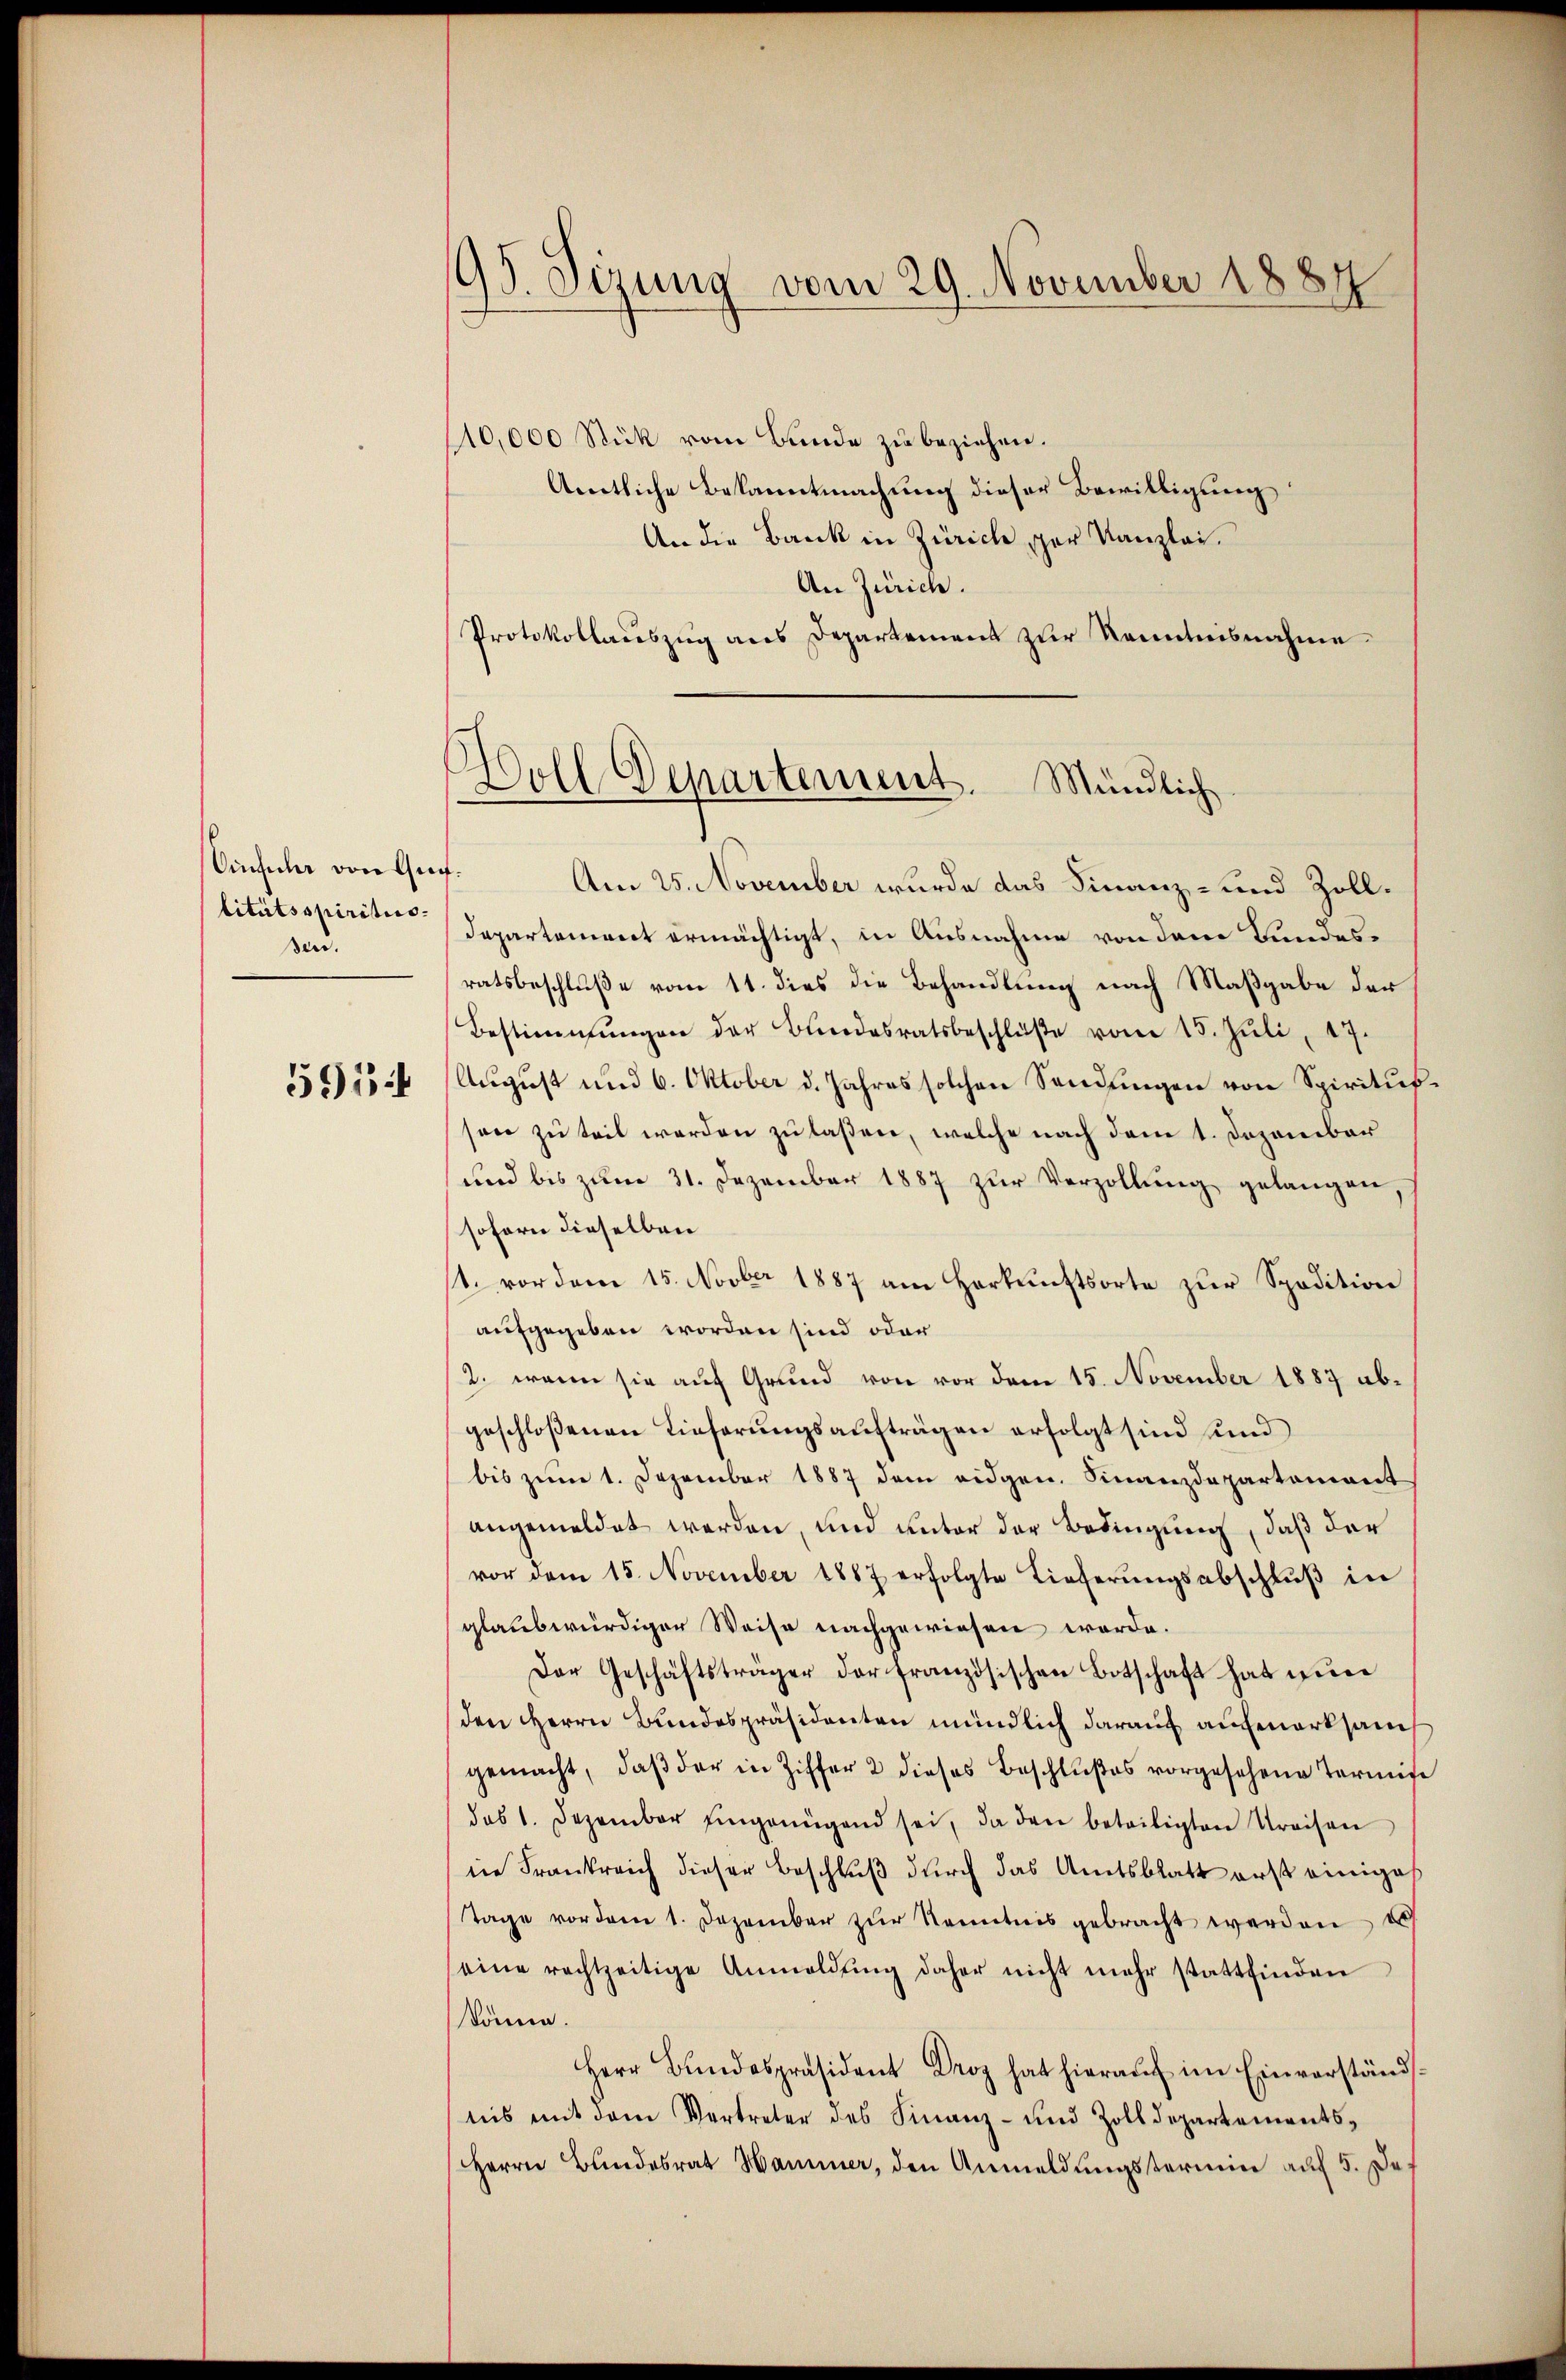
Einfula von Gut.
titutsspiritis
sen.

5954

95. Sizung vom 29. November 1884

Holl Departement. Mündlich

/10,000 Stück vom Bunde zu beziehen.
Amtliche Bekanntmachung dieser Bewilligung
An die Bank in Zürich spar Kanzlei.
An Zürich.
Protokollauszug aus Departement zur Kenntnisnahme
Am 25. November wurde das Finanz- und Zoll¬
Departement ermächtigt, in Ausnahme von dem Kundesratsbeschluße vom 11. dies die Behandlung nach Maßgabe der
Bestimmungen der Bundesratsbeschlüβe vom 15. Jŭli 17.
August und 6. Oktober d. Jahres solchen Sendungen von Spiritusson zu teil werden zu laßen, welche nach dem 1. Dezember
und bis zum 31. Dezember 1887 zur Verzollung gelangen
sofern dieselben
t. vor dem 15. Novber 1887 am Herkunftsorte zur Spedition
aufgegeben worden sind oder
2. wenn sie auf Grund von vor dem 15. November 1887 abgeschloßenen Lieferungsaufträgen erfolgt sind sind
bis zum 1. Dezember 1887 dem eidgen. Finanzdepartement
angemeldet werden, und unter der Bedingung, daß der
vor dem 15. November 1887 erfolgte Lieferŭngsabschlŭβ in
glaubwürdiger Weise nachgewiesen werde.
Der Geschäftsträger der französischen Botschaft hat nur
den Herrn Bundespräsidenten mündlich darauf aufmerksams
gemacht, daβ der in Ziffer 2 dieses Beschlußes vorgesehene Termis
das 1. Dezember eingenügend sei, da den beteiligten Kreisen
die Frankreich dieser Beschluß durch das Amtsblatt erst einiges
Tage vorden 1. Dezember zŭr Kenntnis gebracht werden es
eine rechtzeitige Anmeldŭng daher nicht mehr stattfinden
könne.
Herr Bŭndespräsident Droz hat hieraŭf im Einverständ
nis mit dem Vertreter des Finanz- und Zolldepartements¬
Herrn Bundesrat Hammer, den Anmeldungsterium auf 5. Das